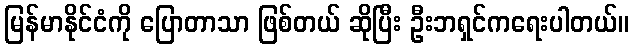
မြန်မာနိုင်ငံကို ပြောတာသာ ဖြစ်တယ် ဆိုပြီး ဦးဘရှင်ကရေးပါတယ်။